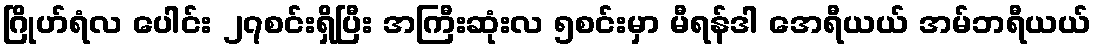
ဂြိုဟ်ရံလ ပေါင်း ၂၇စင်းရှိပြီး အကြီးဆုံးလ ၅စင်းမှာ မီရန်ဒါ အေရီယယ် အမ်ဘရီယယ်